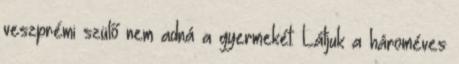
veszprémi szülő nem adná a gyermekét. Látjuk a hároméves